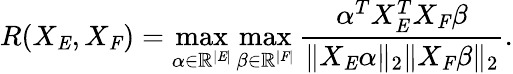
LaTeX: R(X_{\mathit{E}},X_{\mathit{F}})=\operatorname*{max}_{\alpha\in\mathbb{R}^{|\mathit{E}|}}\operatorname*{max}_{\beta\in\mathbb{R}^{|\mathit{F}|}}\frac{\alpha^{T}X_{\mathit{E}}^{T}X_{\mathit{F}}\beta}{\| X_{\mathit{E}}\alpha\| _{2}\| X_{\mathit{F}}\beta\| _{2}}.